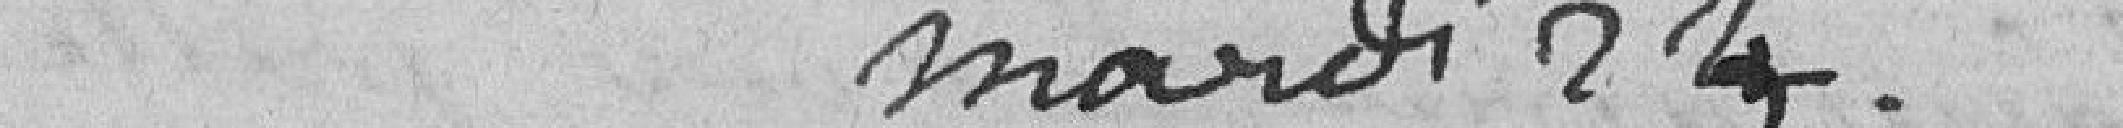
mardi 24